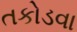
તકોડવા